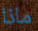
ماذا